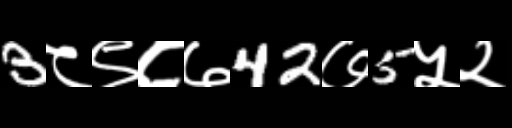
Text: 3८९८७42७5५२